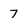
Character: 7